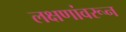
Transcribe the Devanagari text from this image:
लक्षणांवरून